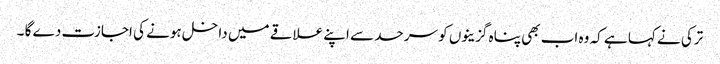
ترکی نے کہا ہے کہ وہ اب بھی پناہ گزینوں کو سرحد سے اپنے علاقے میں داخل ہونے کی اجازت دے گا ۔